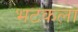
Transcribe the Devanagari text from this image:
भटकला